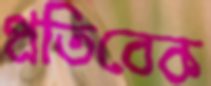
প্রতিবেক